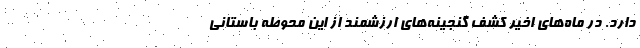
دارد. در ماه‌های اخیر کشف گنجینه‌های ارزشمند از این محوطه باستانی